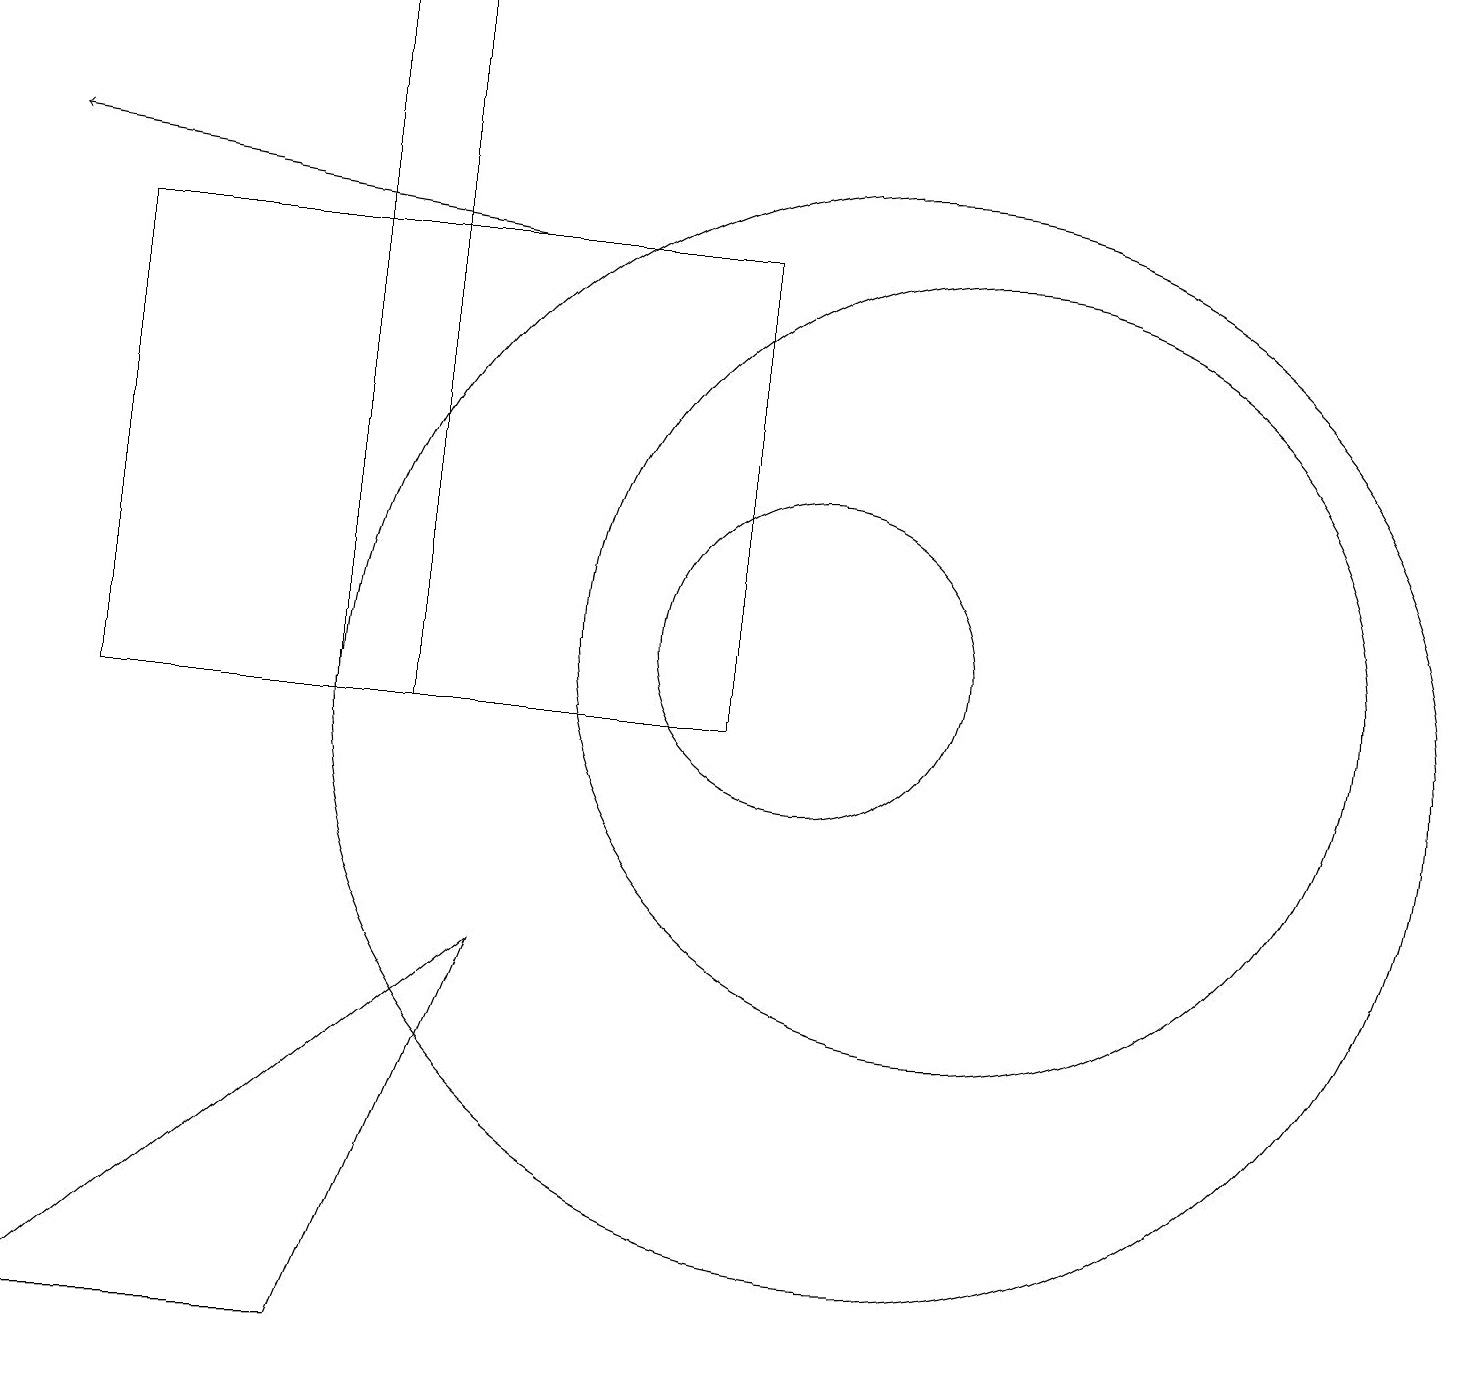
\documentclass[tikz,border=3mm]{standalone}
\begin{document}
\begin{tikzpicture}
\draw (0,2) -- (4,2) -- (6,7) -- cycle;
\draw (5,19) rectangle (4,10);
\draw[->] (6,16) -- (0,17);
\draw (10,11) circle (2);
\draw (1,16) rectangle (9,10);
\draw (12,11) circle (5);
\draw (11,10) circle (7);
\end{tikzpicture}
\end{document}